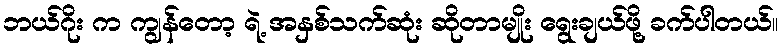
ဘယ်ဂိုး က ကျွန်တော့ ရဲ့ အနှစ်သက်ဆုံး ဆိုတာမျိုး ရွေးချယ်ဖို့ ခက်ပါတယ်။